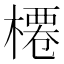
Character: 𣘝